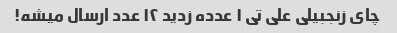
چای زنجبیلی علی تی ۱ عدده زدید ۱۲ عدد ارسال میشه!